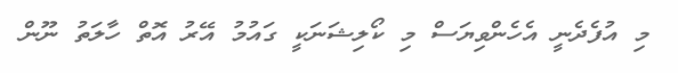
މި އުފެދެނީ އެހެންވިޔަސް މި ކޯލިޝަނަކީ ގައުމު އޭރު އޮތް ހާލަތު ނޫން